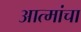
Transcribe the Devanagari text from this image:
आत्मांचा